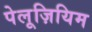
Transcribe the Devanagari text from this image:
पेलूज़ियिम